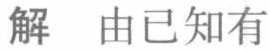
解 由已知有